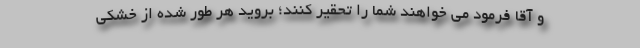
و آقا فرمود می خواهند شما را تحقیر کنند؛ بروید هر طور شده از خشکی